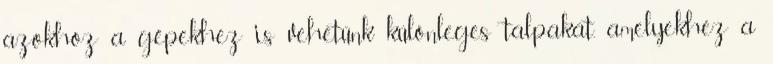
azokhoz a gépekhez is vehetünk különleges talpakat, amelyekhez a